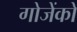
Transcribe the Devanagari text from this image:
गोजेंको